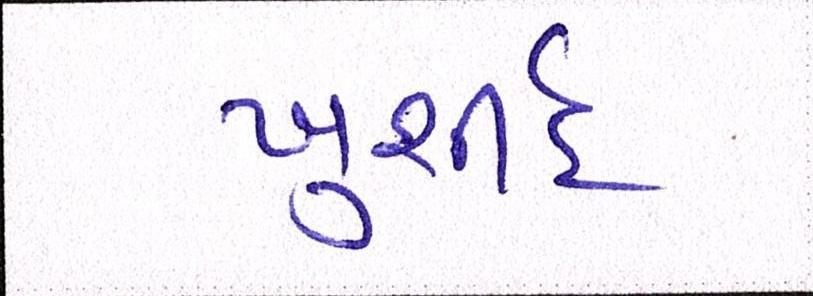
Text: ખુર્શીદ